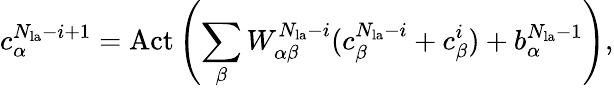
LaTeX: c_{\alpha}^{N_{\mathrm{la}}-i+1}=\mathrm{Act}\left(\sum_{\beta}W_{\alpha\beta}^{N_{\mathrm{la}}-i}(c_{\beta}^{N_{\mathrm{la}}-i}+c_{\beta}^{i})+b_{\alpha}^{N_{\mathrm{la}}-1}\right),